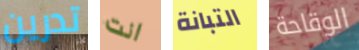
تدرين انت التبانة الوقاحة